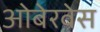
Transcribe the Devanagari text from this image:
ओबेरवेस